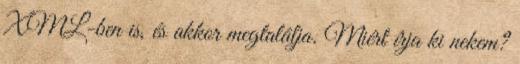
XML-ben is, és akkor megtalálja. Miért írja ki nekem?